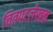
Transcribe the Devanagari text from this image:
चित्रपटलेखक